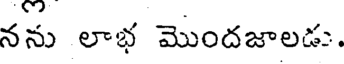
నను లాభ మొందజాలడు.